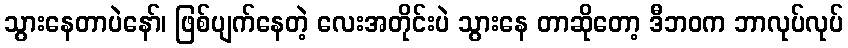
သွားနေတာပဲနော်၊ ဖြစ်ပျက်နေတဲ့ လေးအတိုင်းပဲ သွားနေ တာဆိုတော့ ဒီဘဝက ဘာလုပ်လုပ်